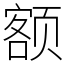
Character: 额